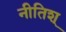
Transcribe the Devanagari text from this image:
नीतिश्